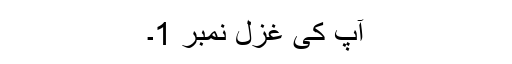
آپ کی غزل نمبر 1۔